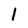
Character: 1